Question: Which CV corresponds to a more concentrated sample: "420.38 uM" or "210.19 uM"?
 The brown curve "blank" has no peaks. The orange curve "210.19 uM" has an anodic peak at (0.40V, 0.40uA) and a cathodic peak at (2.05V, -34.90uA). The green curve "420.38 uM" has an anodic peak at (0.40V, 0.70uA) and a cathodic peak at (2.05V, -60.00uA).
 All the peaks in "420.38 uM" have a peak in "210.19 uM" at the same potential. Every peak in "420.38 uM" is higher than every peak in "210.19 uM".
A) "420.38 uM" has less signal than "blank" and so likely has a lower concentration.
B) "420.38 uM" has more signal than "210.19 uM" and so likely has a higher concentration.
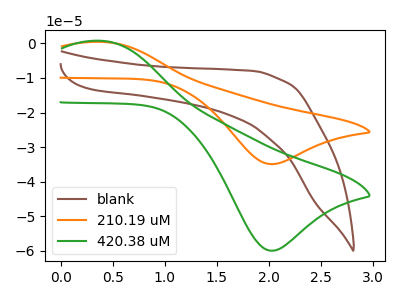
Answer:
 <answer>B) "420.38 uM" has more signal than "210.19 uM" and so likely has a higher concentration.</answer>
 <eval>B</eval>